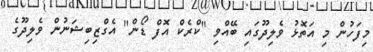
މިފަހުން މި އަތޮޅު ވެލިދޫގައި ބޭއްވި "ކްރެކް އޮފް ޑޯން" އެގްޒިބިޝަނުން ވެލިދޫގެ